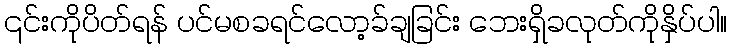
၎င်းကိုပိတ်ရန် ပင်မစခရင်လော့ခ်ချခြင်း ဘေးရှိခလုတ်ကိုနှိပ်ပါ။